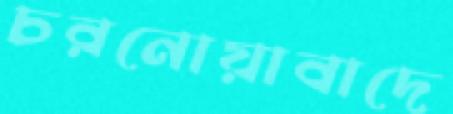
চরনোয়াবাদে